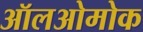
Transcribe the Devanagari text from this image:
ऑलओमोक